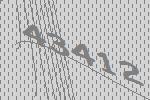
43412